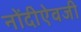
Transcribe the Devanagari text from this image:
नोंदीऐवजी